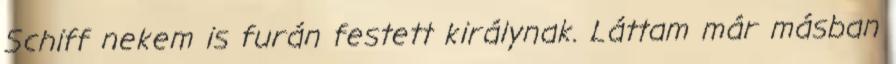
Schiff nekem is furán festett királynak. Láttam már másban